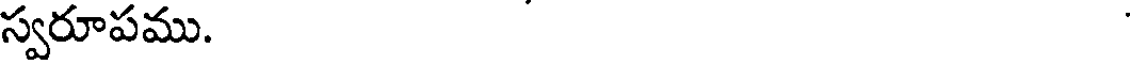
స్వరూపము.